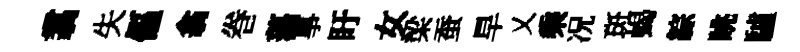
翥失傴翕巻蕩事盱女梁蚕旱乂乘况斑蝎綜眺驢